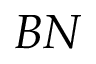
B N